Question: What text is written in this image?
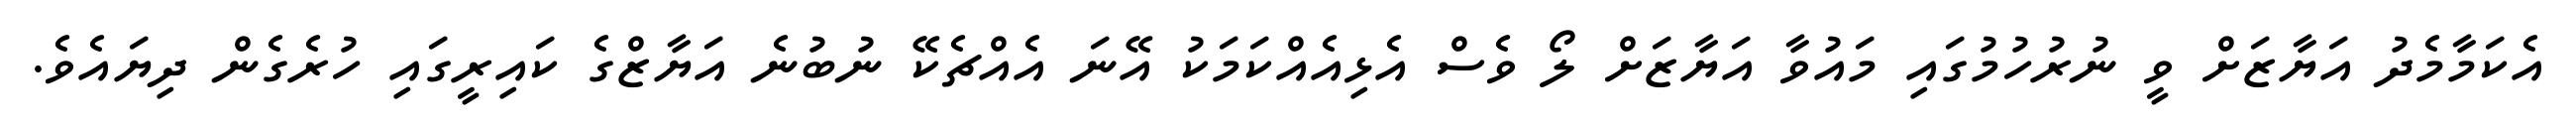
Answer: އެކަމާމެދު އަޔާޒަށް ވީ ނުރުހުމުގައި މައުވާ އަޔާޒަށް ލޯ ވެސް އެޅިއެއްކަމަކު އޭނަ އެއްޗެކޭ ނުބުނެ އަޔާޒްގެ ކައިރީގައި ހުރެގެން ދިޔައެވެ.